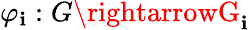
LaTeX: \varphi_{\mathbf{i}}:G\rightarrowG_{\mathbf{i}}